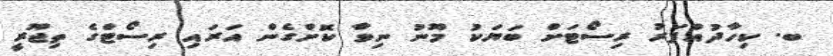
ބ. ކިހާދުއްފަރު ރިސޯޓަށް ބަޔަކު މޫނު ނިވާ ކޮށްގެން އަރައި ރިސޯޓްގެ ތިޖޫރީ